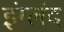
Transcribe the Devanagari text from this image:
इंग्लंद